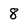
Character: 8